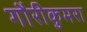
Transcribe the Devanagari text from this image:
गौरीकुमरा